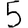
Digit: 5